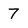
Character: 7